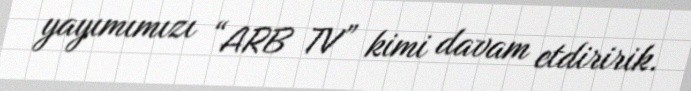
yayımımızı “ARB TV” kimi davam etdiririk.